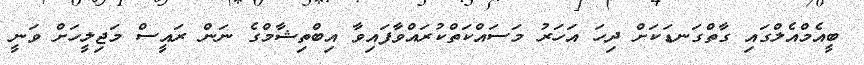
ބީއެމްއެލްގައި ގާތްގަނޑަކަށް ދިހަ އަހަރު މަސައްކަތްކުރައްވާފައިވާ އިބްތިޝާމްގެ ނަން ރައީސް މަޖިލީހަށް ވަނީ